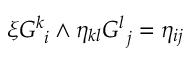
\xi G _ { \ i } ^ { k } \wedge \eta _ { k l } G _ { \ j } ^ { l } = \eta _ { i j }